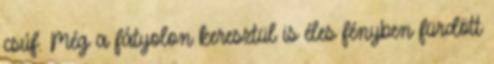
csúf. Még a fátyolon keresztül is éles fényben fürdött